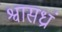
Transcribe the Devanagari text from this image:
श्वासध्रां